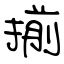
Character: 揃